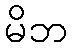
မိဘ